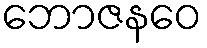
ဘောဇနဝေ